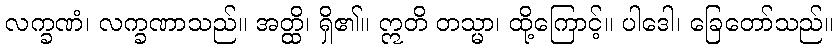
လက္ခဏံ၊ လက္ခဏာသည်။ အတ္ထိ၊ ရှိ၏။ ဣတိ တသ္မာ၊ ထို့ကြောင့်။ ပါဒေါ၊ ခြေတော်သည်။